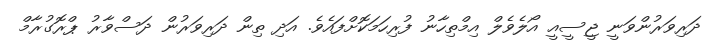
ދަރިވަރުންވަނީ ޖީސީއީ އޯލެވެލް އިމްތިހާނު ފުރިހަމަކޮށްފައެވެ. އަދި ތިން ދަރިވަރުން ދަސްވާރު ޕްރޮގުރާމް